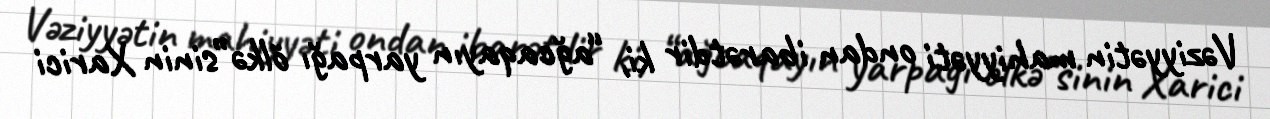
Vəziyyətin mahiyyəti ondan ibarətdir ki, “ağcaqayın yarpağı ölkə”sinin Xarici